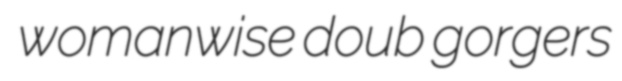
womanwise doub gorgers